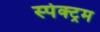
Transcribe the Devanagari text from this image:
स्‍पेक्‍ट्रम